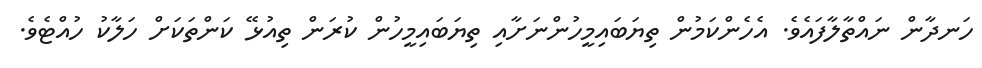
ހަނދާން ނައްތާލާފައެވެ. އެހެންކަމުން ތިޔަބައިމީހުންނަށާއި ތިޔަބައިމީހުން ކުރަން ތިއުޅޭ ކަންތަކަށް ހަލާކު ހުއްޓެވެ.